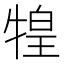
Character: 𤚝